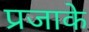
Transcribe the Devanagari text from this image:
प्रजाके